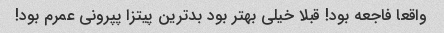
واقعا فاجعه بود! قبلا خیلی بهتر بود بدترین پیتزا پپرونی عمرم بود!